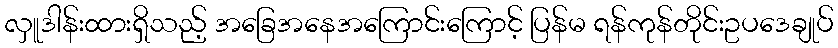
လှူဒါန်းထားရှိသည့် အခြေအနေအကြောင်းကြောင့် ပြန်မ ရန်ကုန်တိုင်းဥပဒေချုပ်